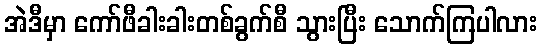
အဲဒီမှာ ကော်ဖီခါးခါးတစ်ခွက်စီ သွားပြီး သောက်ကြပါလား